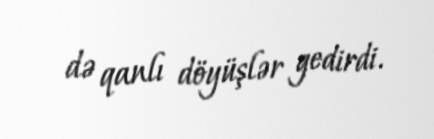
də qanlı döyüşlər gedirdi.